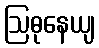
ဩဓုနေယျ